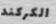
الكركند